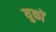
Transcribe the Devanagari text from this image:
युकों